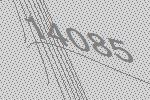
14085